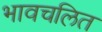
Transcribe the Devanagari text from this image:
भावचलित